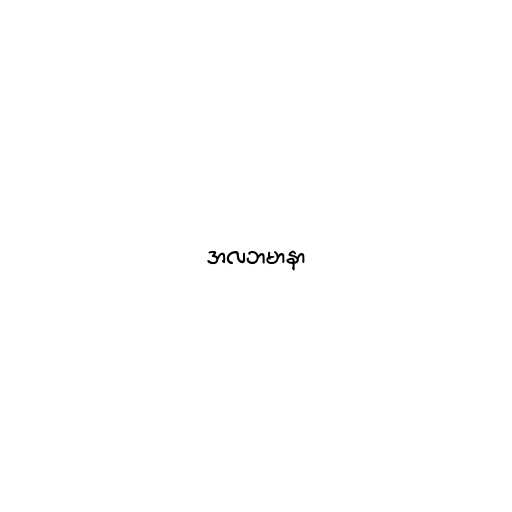
အလဘမာနာ